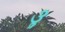
૩ૢ